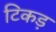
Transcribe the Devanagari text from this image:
टिकड़